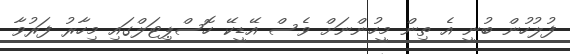
ފުލުހުން ބުނީ އެ ތިން މީހުންނަށް ވެސް އޭޑީކޭ ހޮސްޕިޓަލްގައި މިހާރު ފަރުވާ